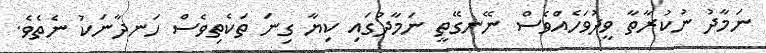
ނަމާދު ނުކުރާތާ ވީދުވަހެއްވެސް ނޭނގޭތީ ނަމާދުގައި ކިޔާ ގިނަ ތަކެތިވެސް ހަނދާނަކު ނެތެވެ.